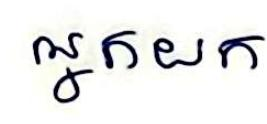
អ្នកយក